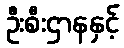
ဦးစီးဌာနနှင့်